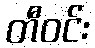
တီဝင်း